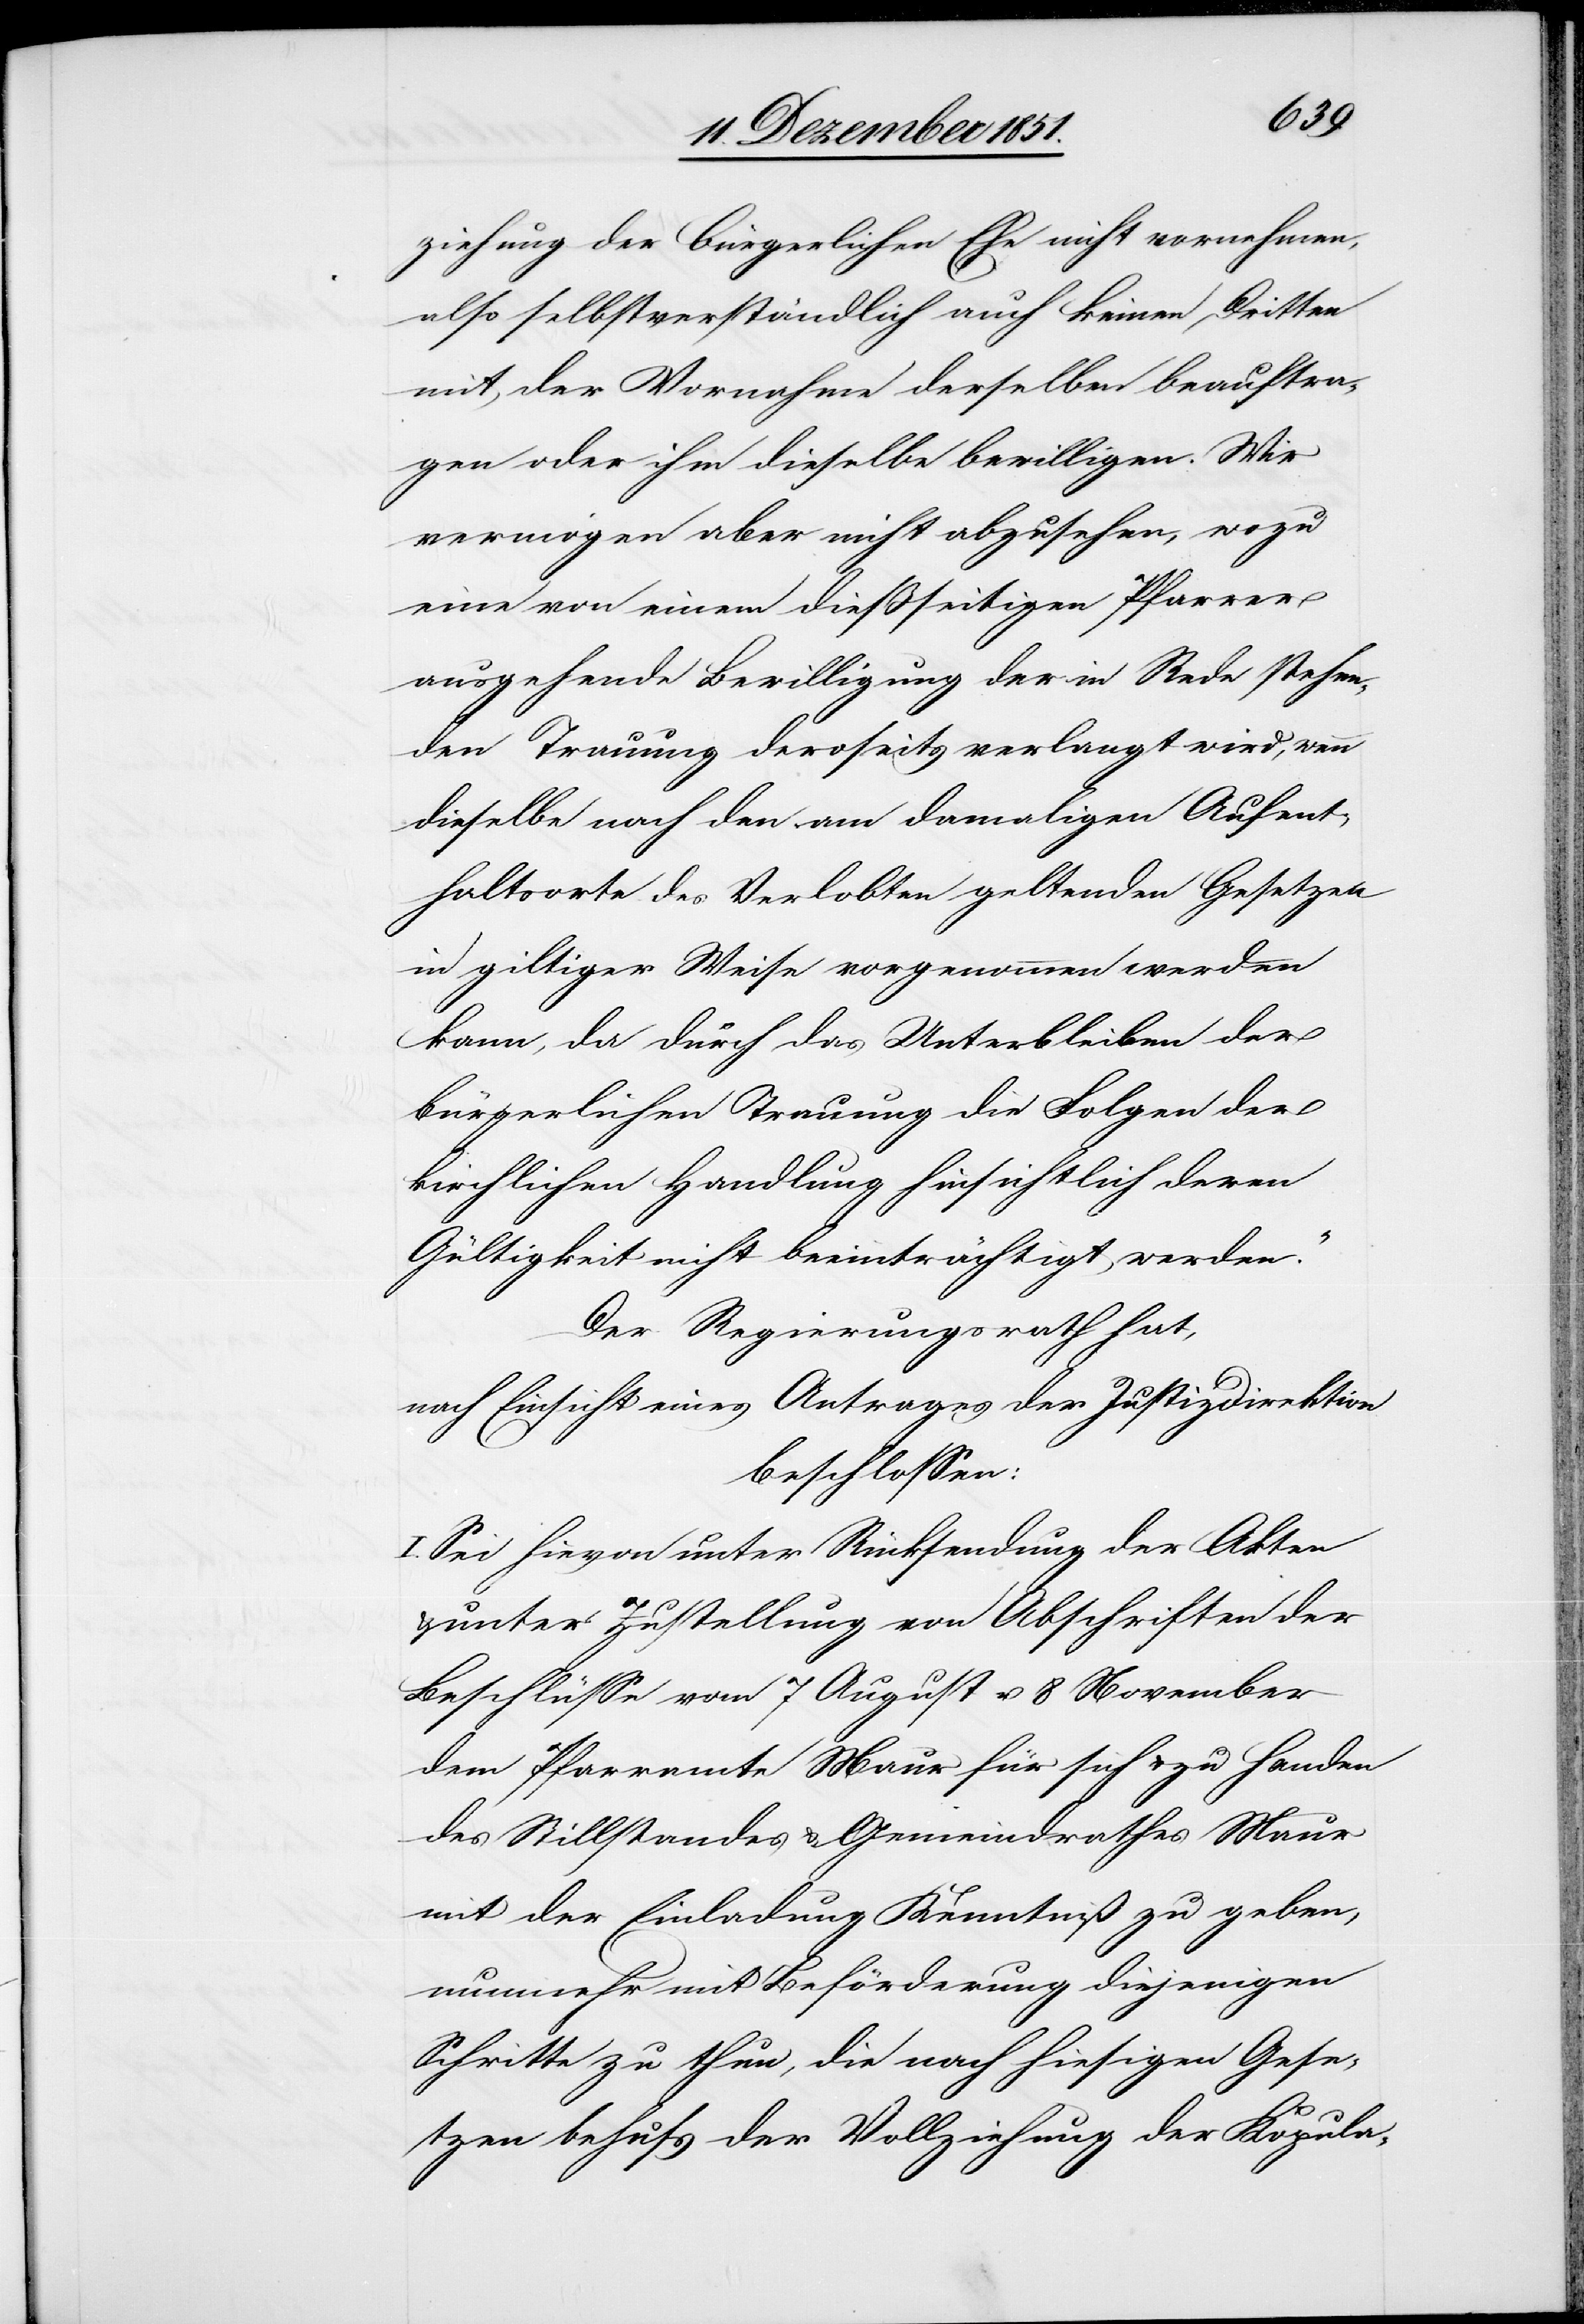
ziehung der bürgerlichen Ehe nicht vornehmen,
also selbstverständlich auch keinen Dritten
mit der Vornahme derselben beauftra¬
gen oder ihm dieselbe bewilligen. Wir
vermögen aber nicht abzusehen, wozu
eine von einem dießseitigen Pfarrer
ausgehende Bewilligung der in Rede stehen¬
den Trauung deroseits verlangt wird, wenn
dieselbe nach den am damaligen Aufent¬
haltsorte des Verlobten geltenden Gesetzen
in giltiger Weise vorgenommen werden
kann, da durch das Unterbleiben der
bürgerlichen Trauung die Folgen der
kirchlichen Handlung hinsichtlich deren
Gültigkeit nicht beeinträchtigt werden.“
Der Regierungsrath hat,
nach Einsicht eines Antrages der Justizdirektion
beschlossen:
I. Sei hievon unter Rücksendung der Akten
unter Zustellung von Abschriften der
Beschlüsse vom 7 August u. 8 November
dem Pfarramte Maur für sich & zu Handen
des Stillstandes & Gemeindrathes Maur
mit der Einladung Kenntniß zu geben,
nunmehr mit Beförderung diejenigen
Schritte zu thun, die nach hiesigen Gese¬
tzen behufs der Vollziehung der Kopula-